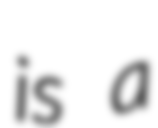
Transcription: is a